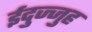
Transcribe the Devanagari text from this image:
ईदुज्जुह